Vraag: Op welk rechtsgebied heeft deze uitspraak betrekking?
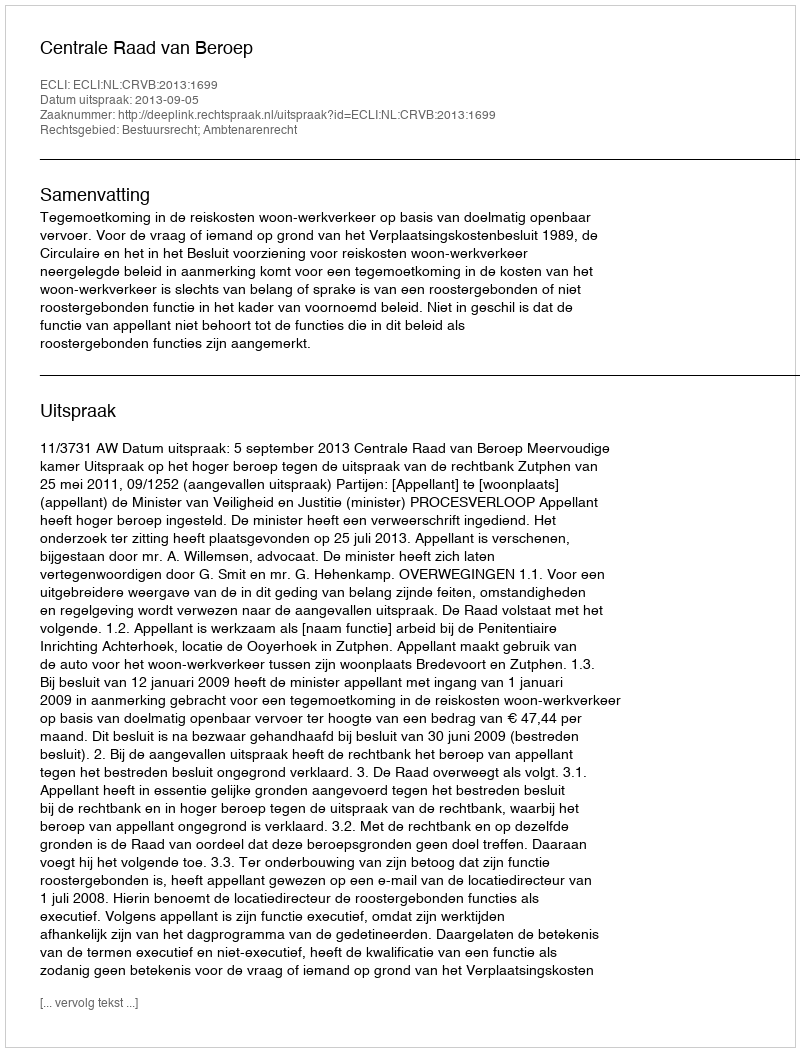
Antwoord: Bestuursrecht; Ambtenarenrecht